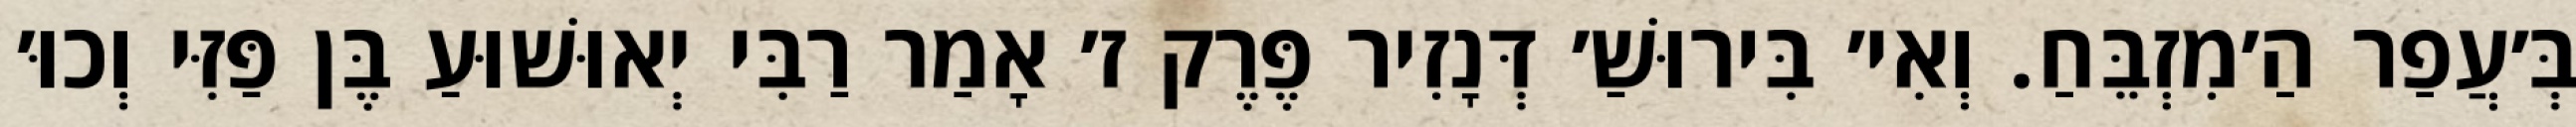
בְּ׳עֲפַר הַ׳מִזְבֵּחַ. וְאִי׳ בִּירוּשַׁ׳ דְּנָזִיר פֶּרֶק ז׳ אָמַר רַבִּי יְאוּשׁוּעַ בֶּן פַּזִּי וְכוּ׳